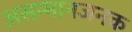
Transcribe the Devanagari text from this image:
असम्मानजनक